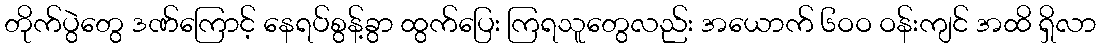
တိုက်ပွဲတွေ ဒဏ်ကြောင့် နေရပ်စွန့်ခွာ ထွက်ပြေး ကြရသူတွေလည်း အယောက် ၆ဝဝ ဝန်းကျင် အထိ ရှိလာ